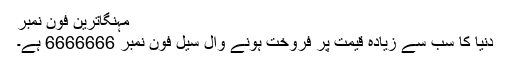
مہنگاترین فون نمبر
دنیا کا سب سے زیادہ قیمت پر فروخت ہونے وال سیل فون نمبر 6666666 ہے۔